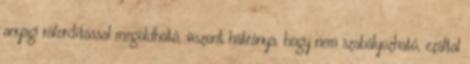
anyagi ráfordítással megoldható, viszont hátránya, hogy nem szabályozható, ezáltal